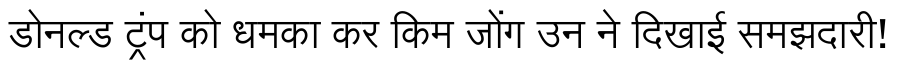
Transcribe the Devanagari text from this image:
डोनल्ड ट्रंप को धमका कर किम जोंग उन ने दिखाई समझदारी!